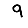
Digit: 9